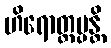
ဟိရောတ္တပ္ပန္တိ